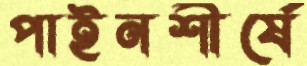
পাইনশীর্ষে